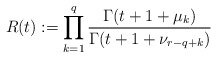
\begin{align*} R(t) := \prod_{k=1}^q \frac{\Gamma(t+1+\mu_k)}{\Gamma(t+1+\nu_{r-q+k})}\end{align*}